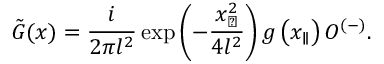
\tilde { G } ( x ) = \frac { i } { 2 \pi l ^ { 2 } } \exp \left( - \frac { x _ { \perp } ^ { 2 } } { 4 l ^ { 2 } } \right) g \left( x _ { \parallel } \right) O ^ { ( - ) } .